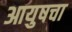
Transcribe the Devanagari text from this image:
आयुषचा